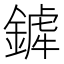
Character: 𨪨